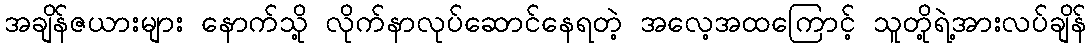
အချိန်ဇယားများ နောက်သို့ လိုက်နာလုပ်ဆောင်နေရတဲ့ အလေ့အထကြောင့် သူတို့ရဲ့အားလပ်ချိန်